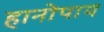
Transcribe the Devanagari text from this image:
हानोपाय